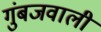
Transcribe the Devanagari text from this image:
गुंबजवाली